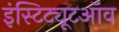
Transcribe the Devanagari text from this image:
इंस्टिट्यूटऑव